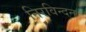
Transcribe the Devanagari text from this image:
निरविन्दन